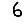
Digit: 6